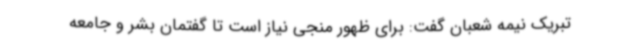
تبریک نیمه شعبان گفت: برای ظهور منجی نیاز است تا گفتمان بشر و جامعه